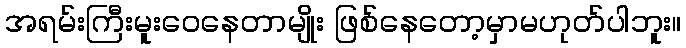
အရမ်းကြီးမူးဝေနေတာမျိုး ဖြစ်နေတော့မှာမဟုတ်ပါဘူး။